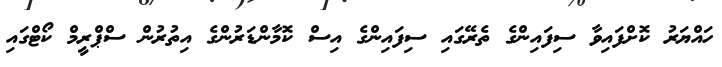
ހައްޔަރު ކޮށްފައިވާ ސިފައިންގެ ތެރޭގައި ސިފައިންގެ އިސް ކޮމާންޑަރުންގެ އިތުރުން ސްޕްރީމް ކޯޓްގައި